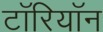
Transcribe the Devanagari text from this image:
टॉरियॉन